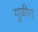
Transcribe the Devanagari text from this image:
गुळीग